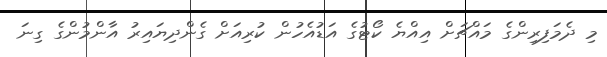
މި ދެމަފިރިންގެ މައްޗަށް އިއްޔެ ކޯޓުގެ އަޑުއެހުން ކުރިއަށް ގެންދިޔައިރު އާންމުންގެ ގިނަ